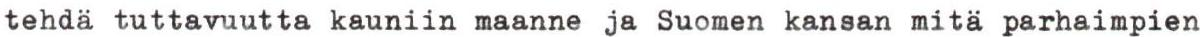
tehdä tuttavuutta kauniin maanne ja Suomen kansan mitä parhaimpien